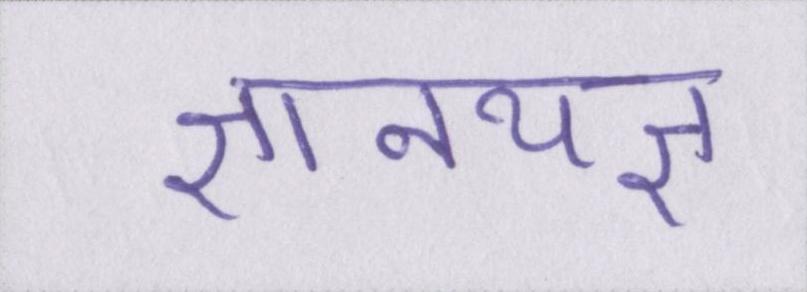
ज्ञानयज्ञ